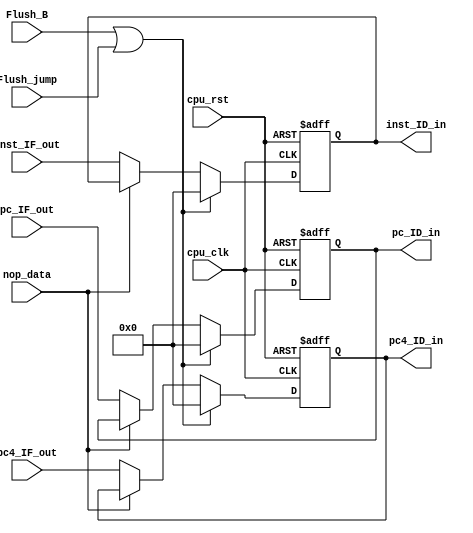
module REG_IF_ID (
   input cpu_rst,
   input cpu_clk,

   input wire [31:0] pc4_IF_out,
   output reg [31:0] pc4_ID_in,

   input wire [31:0] inst_IF_out,
   output reg [31:0] inst_ID_in,

   input wire [31:0] pc_IF_out,
   output reg [31:0] pc_ID_in,

   input wire nop_data,
   input wire Flush_B,
   input wire Flush_jump

`ifdef RUN_TRACE
   ,// debug
   output reg inst_valid_ID_in

`endif 
);

   //pc4
   always @(posedge cpu_clk or posedge cpu_rst ) begin
      if (cpu_rst) 
         pc4_ID_in <= 32'h0;
      else if (Flush_B || Flush_jump) 
         pc4_ID_in <= 32'h0;
      else if (nop_data) 
         pc4_ID_in <= pc4_ID_in;
      else 
         pc4_ID_in <= pc4_IF_out;
   end

   //inst
   always @(posedge cpu_clk or posedge cpu_rst) begin
      if (cpu_rst)
         inst_ID_in <= 32'h0;
      else if (Flush_B || Flush_jump) 
         inst_ID_in <= 32'h0;
      else if (nop_data)
         inst_ID_in <= inst_ID_in;
      else
         inst_ID_in <= inst_IF_out;
   end

   //pc
   always @(posedge cpu_clk or posedge cpu_rst) begin
      if (cpu_rst)
         pc_ID_in <= 32'h0;
      else if (Flush_B || Flush_jump)
         pc_ID_in <= 32'h0;
      else if (nop_data)
         pc_ID_in <= pc_ID_in;
      else
         pc_ID_in <= pc_IF_out;
   end   

`ifdef RUN_TRACE

   always @(posedge cpu_clk or posedge cpu_rst) begin
      if (cpu_rst)
         inst_valid_ID_in <= 1'b0;
      else if (Flush_B || Flush_jump)
         inst_valid_ID_in <= 1'b0;
      else
         inst_valid_ID_in <= 1'b1;
   end
`endif


   //pc
endmodule //REG_IF_ID